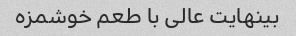
بینهایت عالی با طعم خوشمزه